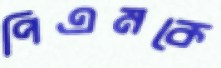
পিএমকে